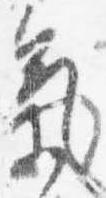
気